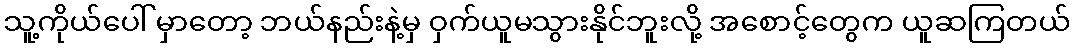
သူ့ကိုယ်ပေါ် မှာတော့ ဘယ်နည်းနဲ့မှ ဝှက်ယူမသွားနိုင်ဘူးလို့ အစောင့်တွေက ယူဆကြတယ်